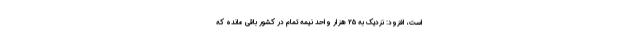
است، افزود: نزدیک به ۲۵ هزار واحد نیمه تمام در کشور باقی مانده که